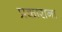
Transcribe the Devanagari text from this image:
प्रकाराना